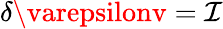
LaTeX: \delta\varepsilonv=\mathcal{I}